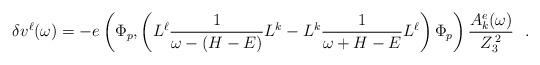
LaTeX: \begin{align*}\delta v^\ell (\omega)= -e \left( \Phi_p, \left( L^\ell {1\over \omega-(H-E)} L^k- L^k {1\over \omega+H-E} L^\ell \right)\Phi_p \right) {A_k^e (\omega) \over Z_3^{\,2}} ~~.\end{align*}